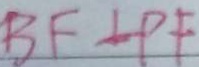
B F \bot P F